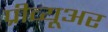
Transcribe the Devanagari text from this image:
प्रीव्यूअर